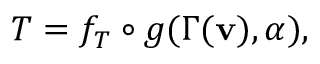
T = f _ { T } \circ g ( \Gamma ( \mathbf { v } ) , \alpha ) ,